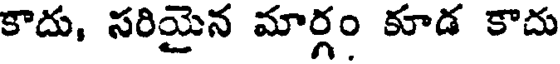
కాదు, సరియైన మార్గం కూడ కాదు